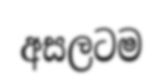
අසලටම